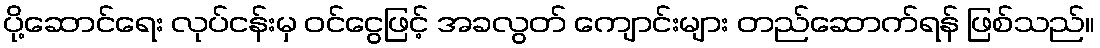
ပို့ဆောင်ရေး လုပ်ငန်းမှ ဝင်ငွေဖြင့် အခလွတ် ကျောင်းများ တည်ဆောက်ရန် ဖြစ်သည်။